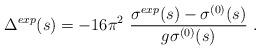
LaTeX: \begin{align*}\Delta ^{exp}(s)= - 16 \pi^{2} \ \frac{\sigma^{exp}(s)-\sigma^{(0)}(s)}{g \sigma^{(0)}(s)} \ .\end{align*}